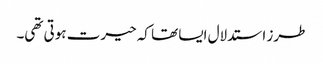
طرز استدلال ایسا تھا کہ حیرت ہوتی تھی۔